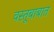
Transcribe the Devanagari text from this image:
वस्तूबाबात